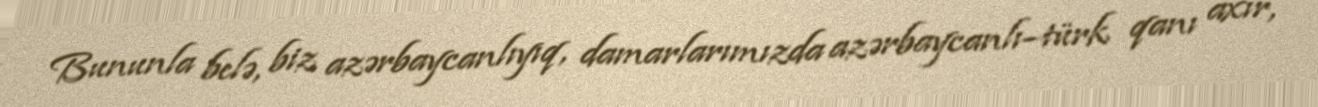
Bununla belə, biz azərbaycanlıyıq, damarlarımızda azərbaycanlı–türk qanı axır,